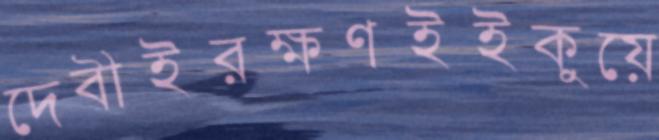
দেবীইরক্ষণইইকুয়ে